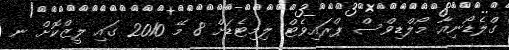
ގްލެޑޯނިއާ މޯލްޑިވްސް ޕްރައިވެޓް ލިމިޓެޑަށް 8 މޭ 2010 ގައި ލީޒްކޮށް ނ